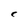
Character: C